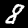
Digit: 8